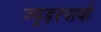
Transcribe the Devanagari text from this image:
ज्यूडरपार्क